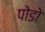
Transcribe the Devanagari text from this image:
पोडो